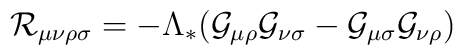
{\cal R}_{\mu\nu\rho\sigma}=-\Lambda_{*}({\cal G}_{\mu\rho}{\cal G}_{\nu\sigma}-{\cal G}_{\mu\sigma}{\cal G}_{\nu\rho})